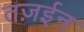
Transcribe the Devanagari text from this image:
तज़ईन